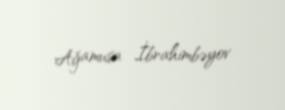
Ağamusa İbrahimbəyov